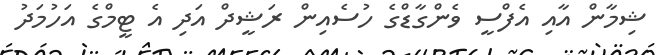
ޝިމާން އާއި އެފްސީ ވެންގާޑްގެ ހުސެއިން ރަޝީދް އަދި އެ ޓީމްގެ އަހުމަދު